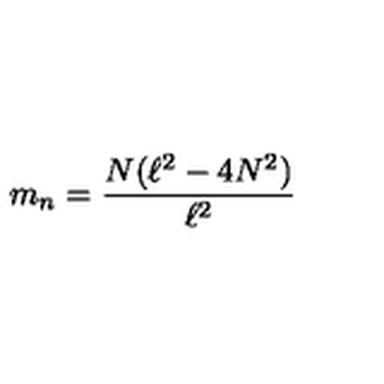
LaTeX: m _ { n } = \frac { N ( \ell ^ { 2 } - 4 N ^ { 2 } ) } { \ell ^ { 2 } }